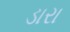
ડારા